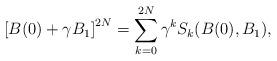
LaTeX: \begin{align*}\left[B(0)+ \gamma B_1 \right]^{2N} = \sum_{k=0}^{2N} \gamma^k S_k(B(0),B_1), \end{align*}